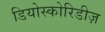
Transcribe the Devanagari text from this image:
डियोस्कोरिडीज़